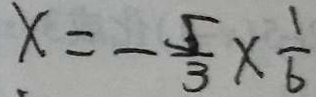
x = - \frac { 5 } { 3 } \times \frac { 1 } { 6 }